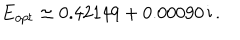
E _ { o p t } \simeq 0 . 4 2 1 4 9 + 0 . 0 0 0 9 0 \, \mathrm { i } \, .